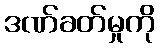
ဒဏ်ခတ်မှုကို